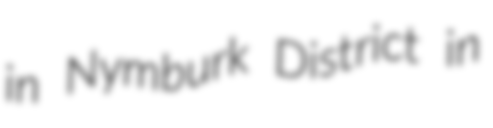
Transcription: in Nymburk District in